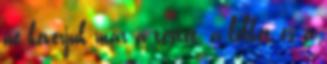
ne keverjük már a testet, a lelket és a